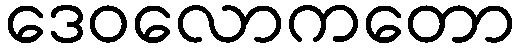
ဒေဝလောကတော